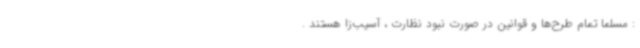
: مسلما تمام طرح‌ها و قوانین در صورت نبود نظارت ، آسیب‌زا هستند .